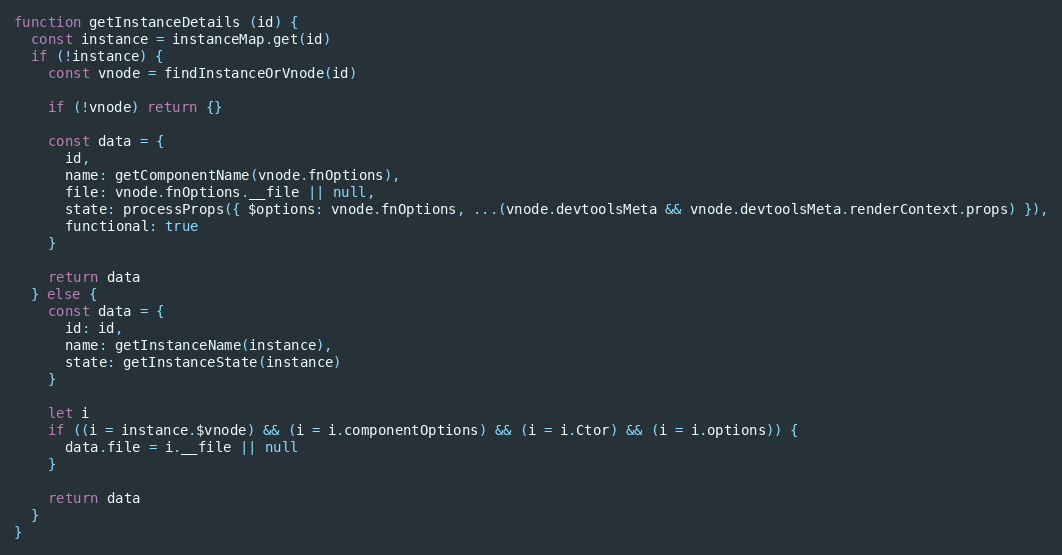
Language: JavaScript
function getInstanceDetails (id) {
  const instance = instanceMap.get(id)
  if (!instance) {
    const vnode = findInstanceOrVnode(id)

    if (!vnode) return {}

    const data = {
      id,
      name: getComponentName(vnode.fnOptions),
      file: vnode.fnOptions.__file || null,
      state: processProps({ $options: vnode.fnOptions, ...(vnode.devtoolsMeta && vnode.devtoolsMeta.renderContext.props) }),
      functional: true
    }

    return data
  } else {
    const data = {
      id: id,
      name: getInstanceName(instance),
      state: getInstanceState(instance)
    }

    let i
    if ((i = instance.$vnode) && (i = i.componentOptions) && (i = i.Ctor) && (i = i.options)) {
      data.file = i.__file || null
    }

    return data
  }
}